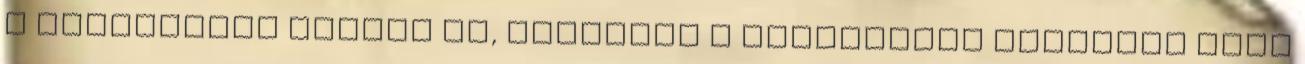
a fogyasztói igényt is, valamint a kérelemhez csatolni kell